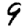
Digit: 9